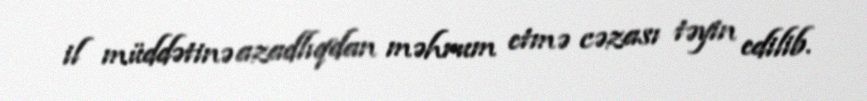
il müddətinə azadlıqdan məhrum etmə cəzası təyin edilib.